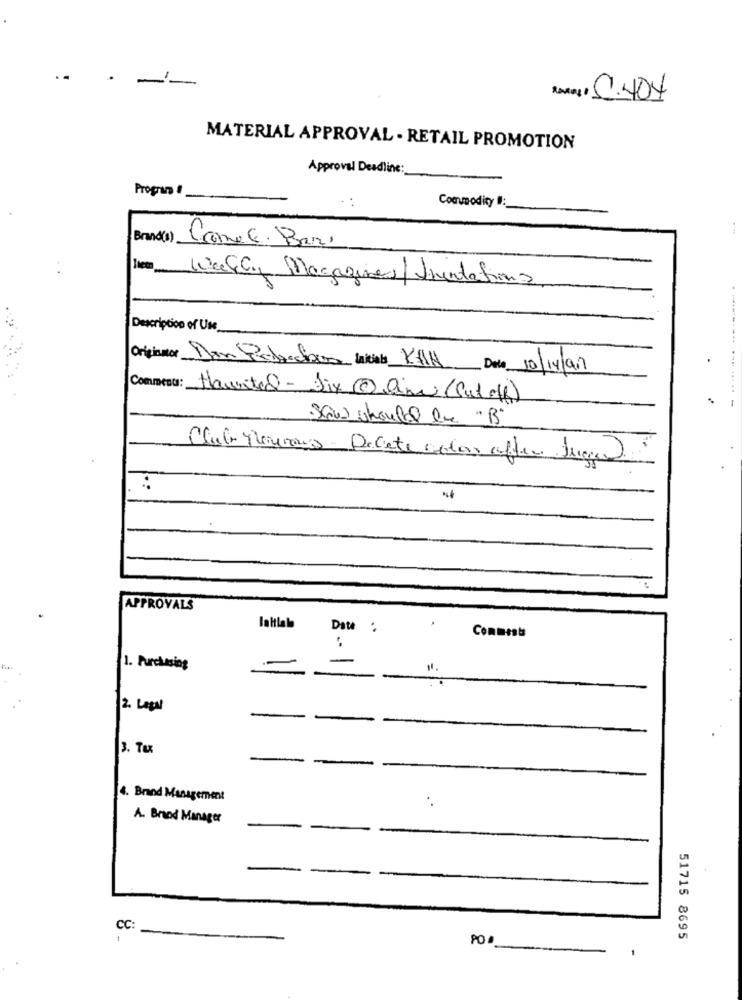
.
RMall C.404
MATERIAL APPROVAL - RETAIL PROMOTION
Approval Deadline:
Program !
Commodity !:
Brand(s)
Come E. Bari
Wally Magazines/Juntafiona
Description of Use_
Originator Dan Peberalos Initial KAH Deta 10/14/91
Comment: Haunted-Dix@am(cutoff)
Show should be "B"
Club Mauvais . Decete colors after lugar
APPROVALS
lahtlala
Date '
. .
Comments
1. Purchasing
11.
2. Legal
-
-
3. Tu
4. Brand Management
A. Brand Manager
-
CC:
POI
51715 8695
1